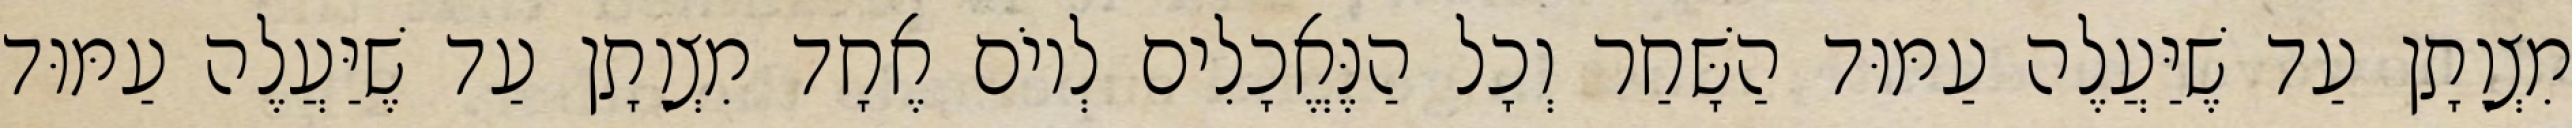
מִצְוָתָן עַד שֶׁיַּעֲלֶה עַמּוּד הַשָּׁחַר וְכָל הַנֶּאֱכָלִים לְיוֹם אֶחָד מִצְוָתָן עַד שֶׁיַּעֲלֶה עַמּוּד